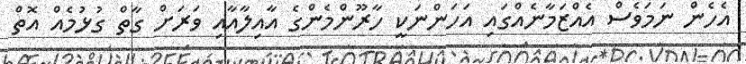
އެހެން ނަމަވެސް އެއްޒަމާނެއްގައި އަހަންނަކީ ހާރޫންމެންގެ އާއިލާއާއި ވަރަށް ގާތް ގުޅުމެއް އޮތް